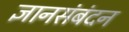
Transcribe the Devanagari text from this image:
ज्ञानसंबंदन